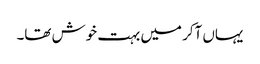
یہاں آکر میں بہت خوش تھا۔